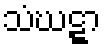
သံဃဋ္ဋာ